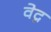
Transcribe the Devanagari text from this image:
वेद्न